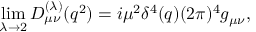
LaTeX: \operatorname * { l i m } _ { \lambda \rightarrow 2 } D _ { \mu \nu } ^ { ( \lambda ) } ( q ^ { 2 } ) = i \mu ^ { 2 } \delta ^ { 4 } ( q ) ( 2 \pi ) ^ { 4 } g _ { \mu \nu } ,